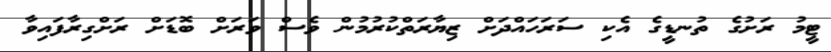
ޓީމު ރަށުގެ ތުނޑީގެ އެކި ސަރަހައްދަށް ޒިޔާރަތްކުރުމުން ވެސް ވަރަށް ބޮޑަށް ރަށްގިރާފައިވާ